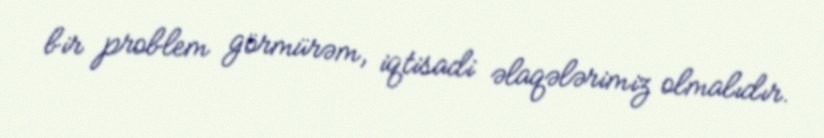
bir problem görmürəm, iqtisadi əlaqələrimiz olmalıdır.